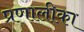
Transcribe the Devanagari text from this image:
प्रणालीका